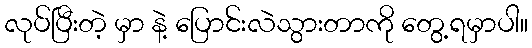
လုပ်ပြီးတဲ့ မှာ နဲ့ ပြောင်းလဲသွားတာကို တွေ့ရမှာပါ။